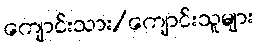
ကျောင်းသား/ကျောင်းသူများ